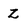
Character: z